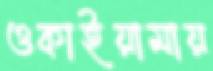
ওকাইয়ামায়